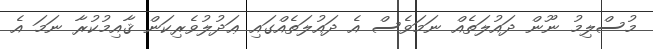
މުސްލިމު ނޫން ދައުލަތެއް ނަމަވެސް އެ ދައުލަތެއްގައި ޢަދުލުވެރިކަން ޤާއިމުކުރާ ނަމަ އެ